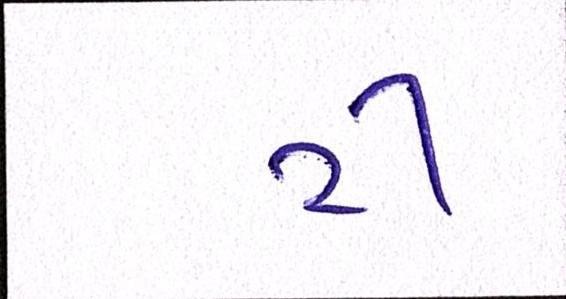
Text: ટી